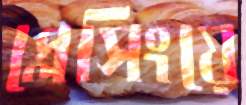
প্লেসিংয়ে